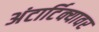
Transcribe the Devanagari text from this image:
अंटार्टिक्यावर